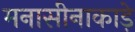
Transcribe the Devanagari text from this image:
मनासीनाकाड़े